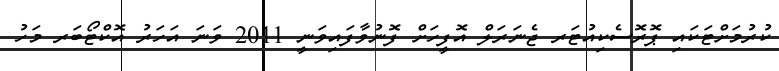
ކުރުމަށްޓަކައި ޕޮރޮސެކިއުޓަރ ޖެނަރަލް އޮފީހަށް ފޮނުވާފައިވަނީ 2011 ވަނަ އަހަރު އޮކްޓޯބަރ މަހު